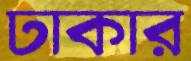
ঢাকার